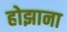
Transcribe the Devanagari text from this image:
होझाना